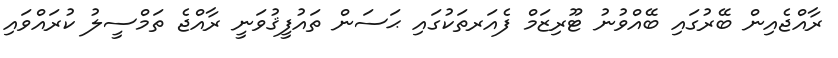
ރާއްޖެއިން ބޭރުގައި ބޭއްވުނު ޓޫރިޒަމް ފެއަރތަކުގައި ޙަސަން ތައުފީޤުވަނީ ރާއްޖެ ތަމްސީލު ކުރައްވައި